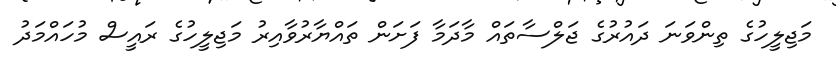
މަޖިލީހުގެ ތިންވަނަ ދައުރުގެ ޖަލްސާތައް މާދަމާ ފަށަން ތައްޔާރުވާއިރު މަޖިލީހުގެ ރައީސް މުހައްމަދު